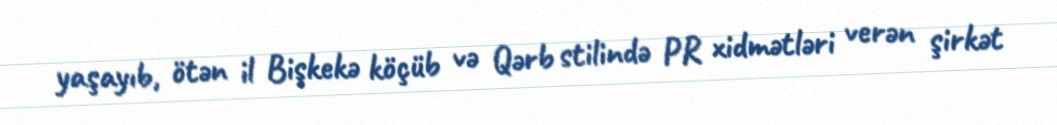
yaşayıb, ötən il Bişkekə köçüb və Qərb stilində PR xidmətləri verən şirkət